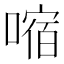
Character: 𫫠